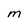
Character: m